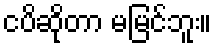
ငပိဆိုတာ မမြင်ဘူး။